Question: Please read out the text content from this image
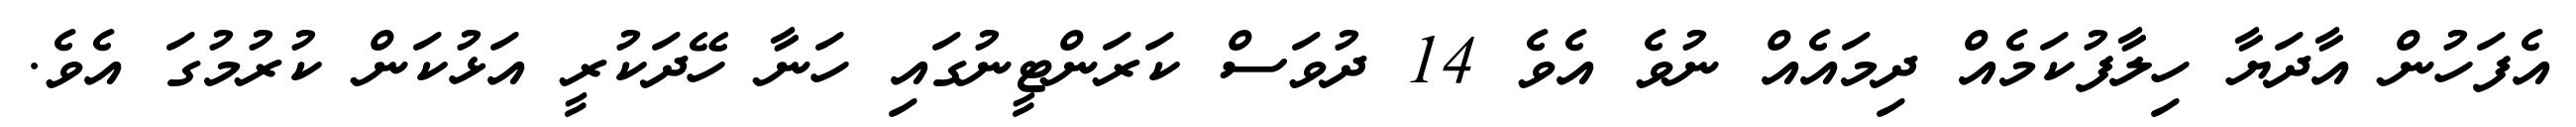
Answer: އެފަހުން އާދަޔާ ހިލާފުކަމެއް ދިމައެއް ނުވެ އެވެ 14 ދުވަސް ކަރަންޓީނުގައި ހަނާ ހޭދަކުރީ އަޅުކަން ކުރުމުގަ އެވެ.